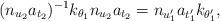
LaTeX: \begin{align*} (n_{u_2}a_{t_2})^{-1} k_{\theta_1} n_{u_2}a_{t_2} = n_{u_1'}a_{t_1'}k_{\theta_1'},\end{align*}